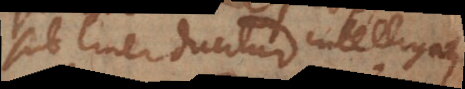
sub linea ducitur intelligatur